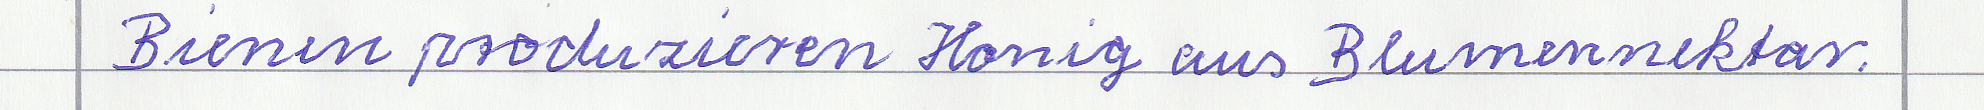
Bienen produzieren Honig aus Blumennektar.